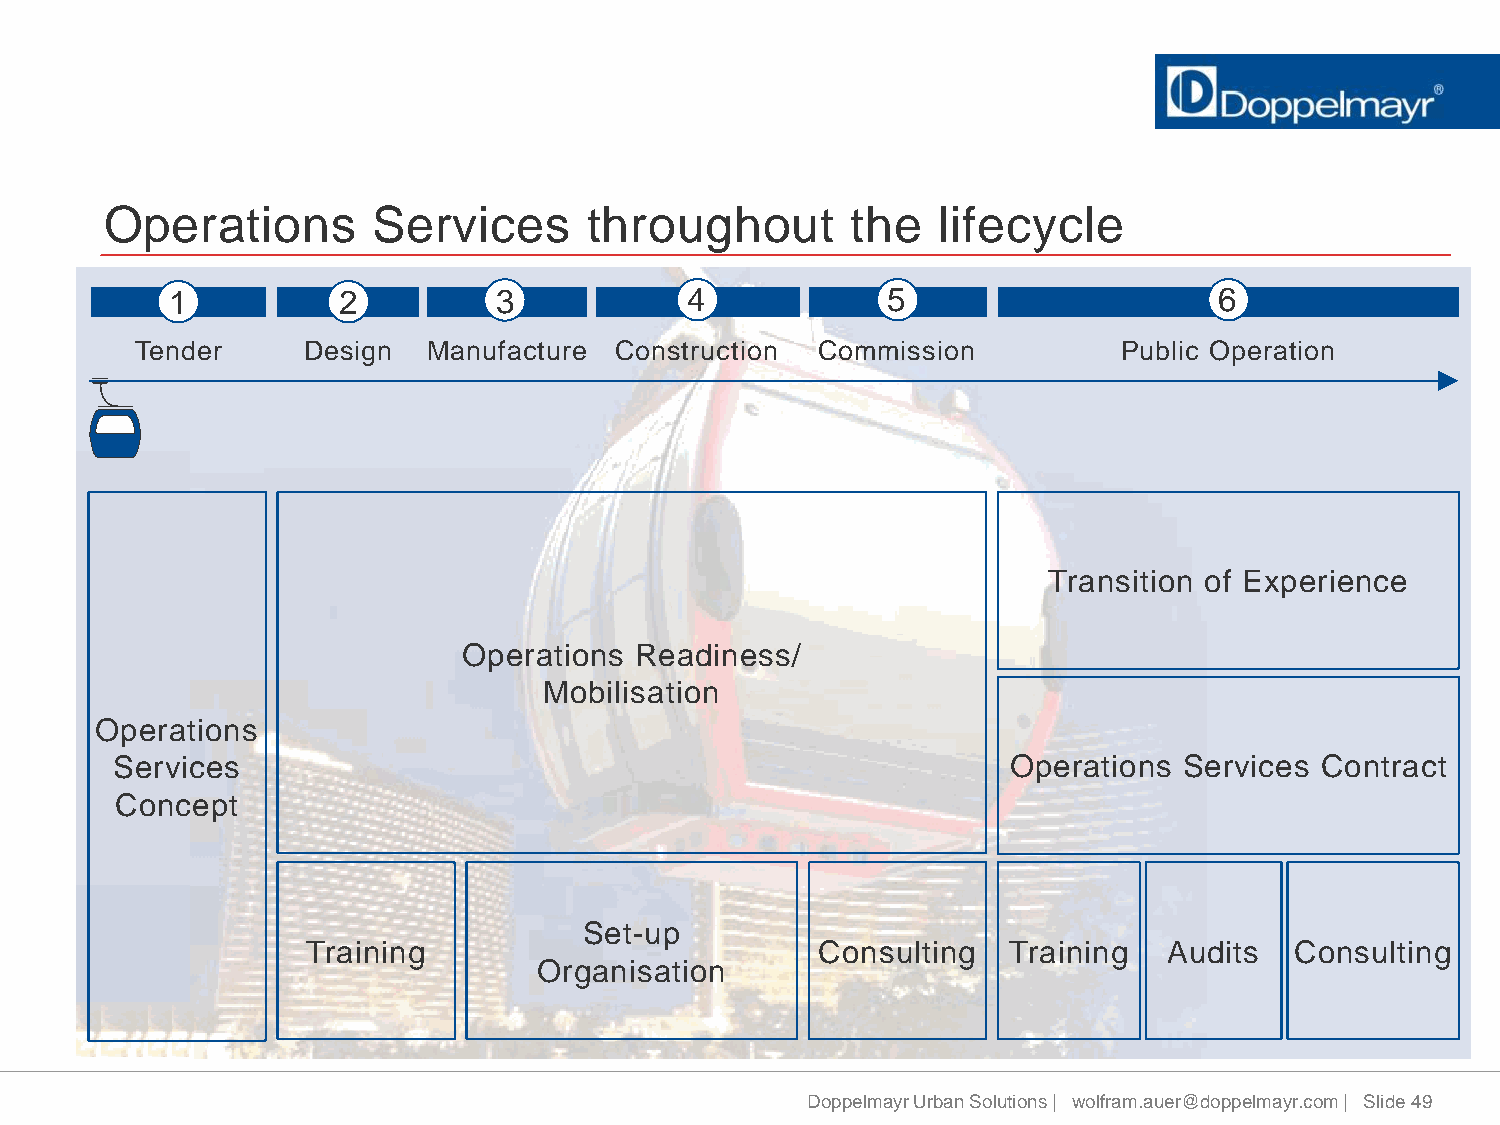
Operations        Services      throughout       the   lifecycle
 1          2          3           4             5                     6
 Tender     Design  Manufacture  Construction Commission          Public Operation
 Transition of Experience
 Operations Readiness/
 Mobilisation
 Operations
 Services                                                    Operations Services Contract
 Concept
 Set-up
 Training                          Consulting   Training  Audits   Consulting
 Organisation
 Doppelmayr Urban Solutions | wolfram.auer@doppelmayr.com | Slide 49